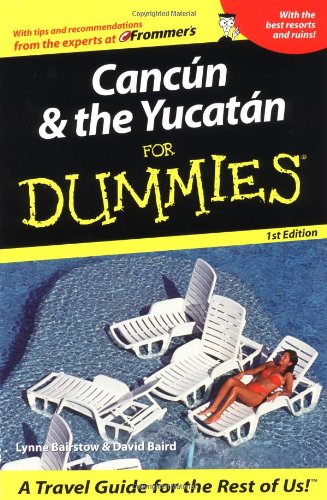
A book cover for Cancun and the Yucatan For Dummies (Dummies Travel); Lynne Bairstow; Travel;